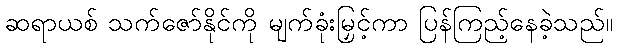
ဆရာယစ် သက်ဇော်နိုင်ကို မျက်ခုံးမြှင့်ကာ ပြန်ကြည့်နေခဲ့သည်။